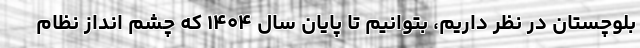
بلوچستان در نظر داریم، بتوانیم تا پایان سال ۱۴۰۴ که چشم انداز نظام